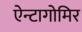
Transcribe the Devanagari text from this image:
ऐन्टागोमिर